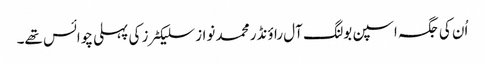
اُن کی جگہ اسپن بولنگ آل راؤنڈر محمد نواز سلیکٹرز کی پہلی چوائس تھے۔